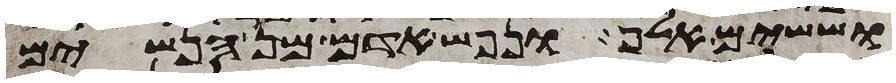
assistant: וששים אלף ונפש אדם מן הנשים